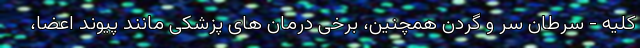
کلیه - سرطان سر و گردن همچنین، برخی درمان های پزشکی مانند پیوند اعضا،